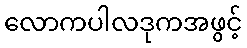
လောကပါလဒုကအဖွင့်